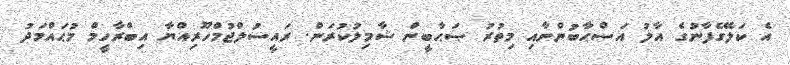
އެ ކަލޭގެފާނުގެ އާލު އަސްޙާބުންނާއި މިތުރު ޞަޙާބީން ޝާމިލުކުރަން. ރައީސުލްޖުމްހޫރިއްޔާ އިބްރާހީމް މުޙައްމަދު